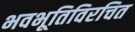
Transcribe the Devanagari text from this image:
भवभूतिविरचित